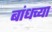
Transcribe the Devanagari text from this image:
बांधच्या